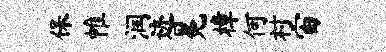
保帷润迹冕樟何村宙